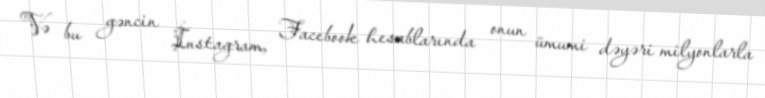
Və bu gəncin İnstagram, Facebook hesablarında onun ümumi dəyəri milyonlarla